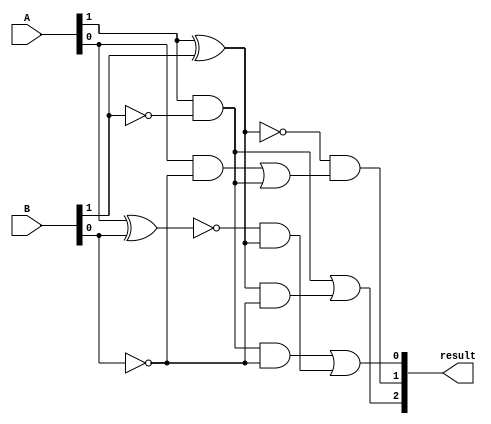
module comparator_2bit(
    input [1:0] A,
    input [1:0] B,
    output [2:0] result
);

assign result[2] = (A[1] & ~B[1]) | ((A[1] ^ B[1]) & ~B[0]);
assign result[1] = ~(A[1] ^ B[1]) & ((A[0] & ~B[0]) | (A[1] & ~B[1]));
assign result[0] = ((A[1] & ~B[1]) & ~B[0]) | (~(A[0] ^ B[0]) & (A[1] ^ B[1]));

endmodule